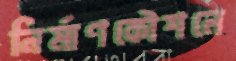
নির্মাণকৌশলে